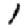
Digit: 1